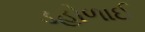
ડહોળાઈ